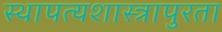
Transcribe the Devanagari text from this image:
स्थापत्यशास्त्रापुरता